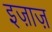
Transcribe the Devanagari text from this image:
इज़ाज़